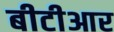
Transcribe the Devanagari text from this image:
बीटीआर